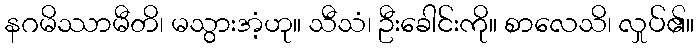
နဂမိဿာမီတိ၊ မသွားအံ့ဟု။ သီသံ၊ ဦးခေါင်းကို။ စာလေသိ၊ လှုပ်၏။